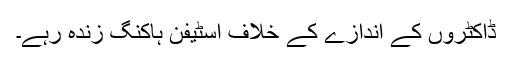
ڈاکٹروں کے اندازے کے خلاف اسٹیفن ہاکنگ زندہ رہے۔